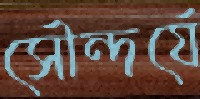
সৌন্দর্যে